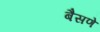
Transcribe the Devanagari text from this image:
बैसणे